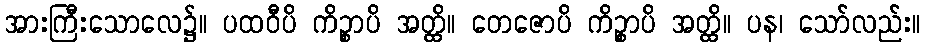
အားကြီးသောလေ၌။ ပထဝီပိ ကိဉ္စာပိ အတ္ထိ။ တေဇောပိ ကိဉ္စာပိ အတ္ထိ။ ပန၊ သော်လည်း။